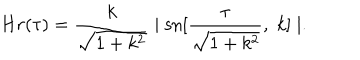
H r ( \tau ) = \frac { k } { \sqrt { 1 + k ^ { 2 } } } \mid \mathrm { s n } [ \frac { \tau } { \sqrt { 1 + k ^ { 2 } } } , \; k ] \mid .